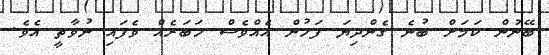
ބޭނުން ކަމަށް ބުނެ ގެންދިޔަ ފަހުން އެއްވެސް ހަބަރެއް ވެފައި ނުވާތީ އެވެ.